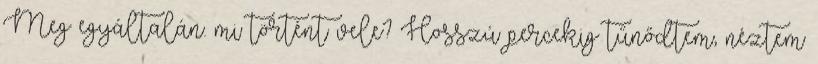
Meg egyáltalán. mi történt vele? Hosszú percekig tűnődtem, néztem